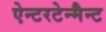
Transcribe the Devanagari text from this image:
ऐन्टरटेन्मैन्ट